Annual administration report of the Civil Veterinary Department of India - 1898-1899
Year: 1898
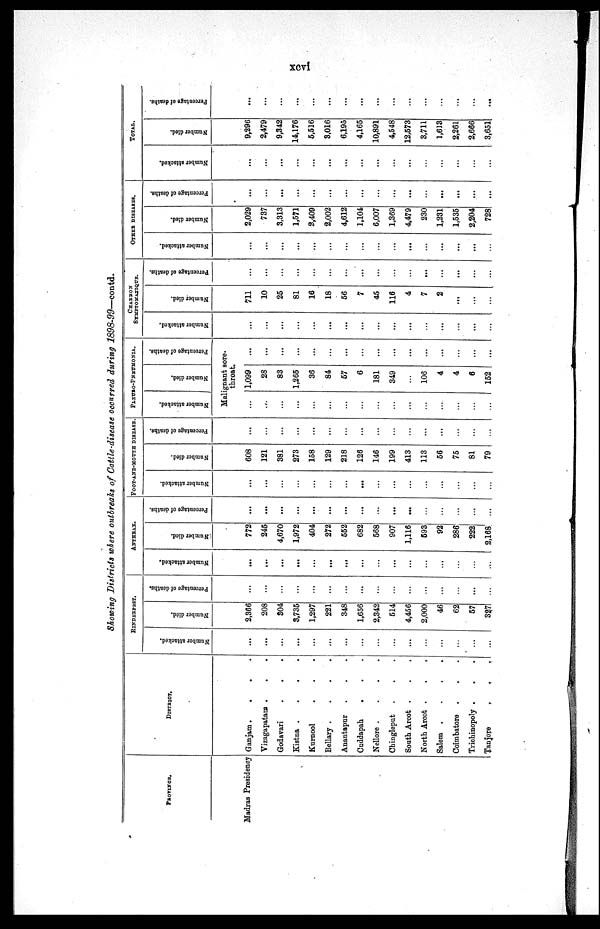
xcvi
Showing Districts where outbreaks of Cattle-disease occurred during 1898-99—contd.
PROVINCH.
Madras Presidency
DISTRICT.
Ganjam .
.
.
.
Vizagapatana . . .
Godavari . . .
Kistna .
.
.
.
Kurnool . . .
Bellary .
.
.
.
Anantapur . . .
Cuddapah
. . .
Nellore .
.
.
.
Chingleput . . .
South Arcot . . .
North Arcot . . .
Salem .
.
.
.
Coimbatore . . .
Trichinopoly . . .
Tanjore
.
.
.
RINDERPEST.
Number attacked.
...
...
...
...
...
...
...
...
...
...
...
...
...
...
...
...
Number died.
2,366
208
304
3,735
1,297
221
348
1,656
2,342
514
4,456
2,000
46
62
57
327
Percentage of deaths.
...
...
...
...
...
...
...
...
...
...
...
...
...
...
...
...
ANTHRAX.
Number attacked.
...
...
...
...
...
...
...
...
...
...
...
...
...
...
...
...
Number died.
772
245
4,670
1,972
404
272
552
682
568
907
1,116
593
92
286
222
2,168
Percentage of deaths.
...
...
...
...
...
...
...
...
...
...
...
...
...
...
...
...
FOOT-AND-MOUTH DISEASE.
Number attacked.
...
...
...
...
...
...
...
...
...
...
...
...
...
...
...
...
Number died.
608
121
381
273
158
129
218
126
146
199
413
113
56
75
81
79
Percentage of deaths.
...
...
...
...
...
...
...
...
...
...
...
...
...
...
...
...
PLEURO-PNEUMONIA.
Number attacked.
Number died.
Percentage of deaths.
Malignant sore-
throat
...
...
...
...
...
...
...
...
...
...
...
...
...
...
...
...
1,099
28
83
1,265
36
84
57
6
181
349
...
106
4
4
6
152
...
...
...
...
...
...
...
...
...
...
...
...
...
...
...
...
CHARBON
SYMPTOMATIQUE.
Number attacked.
...
...
...
...
...
...
...
...
...
...
...
...
...
...
...
...
Number died.
711
10
25
81
16
18
56
7
45
116
4
7
2
...
...
...
Percentage of deaths.
...
...
...
...
...
...
...
...
...
...
...
...
...
...
...
...
OTHER DISEASES.
Number attacked.
...
...
...
...
...
...
...
...
...
...
...
...
...
...
...
...
Number died.
2,029
737
3,313
1,571
2,409
2,002
4,612
1,104
6,007
1,369
4,479
230
1,231
1,535
2,204
728
Percentage of deaths.
...
...
...
...
...
...
...
...
...
...
...
...
...
...
...
...
TOTAL.
Number attacked.
...
...
...
...
...
...
...
...
...
...
...
...
...
...
...
...
Number died.
9,296
2,479
9,342
14,176
5,516
3,016
6,195
4,165
10,891
4,548
12,573
3,711
1,613
2,261
2,666
3,651
Percentage of deaths.
...
...
...
...
...
...
...
...
...
...
...
...
...
...
...
...